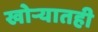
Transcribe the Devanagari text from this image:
खोर्‍यातही